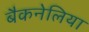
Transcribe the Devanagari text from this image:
बैकनेलिया